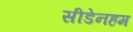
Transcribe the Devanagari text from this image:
सीडेनहम